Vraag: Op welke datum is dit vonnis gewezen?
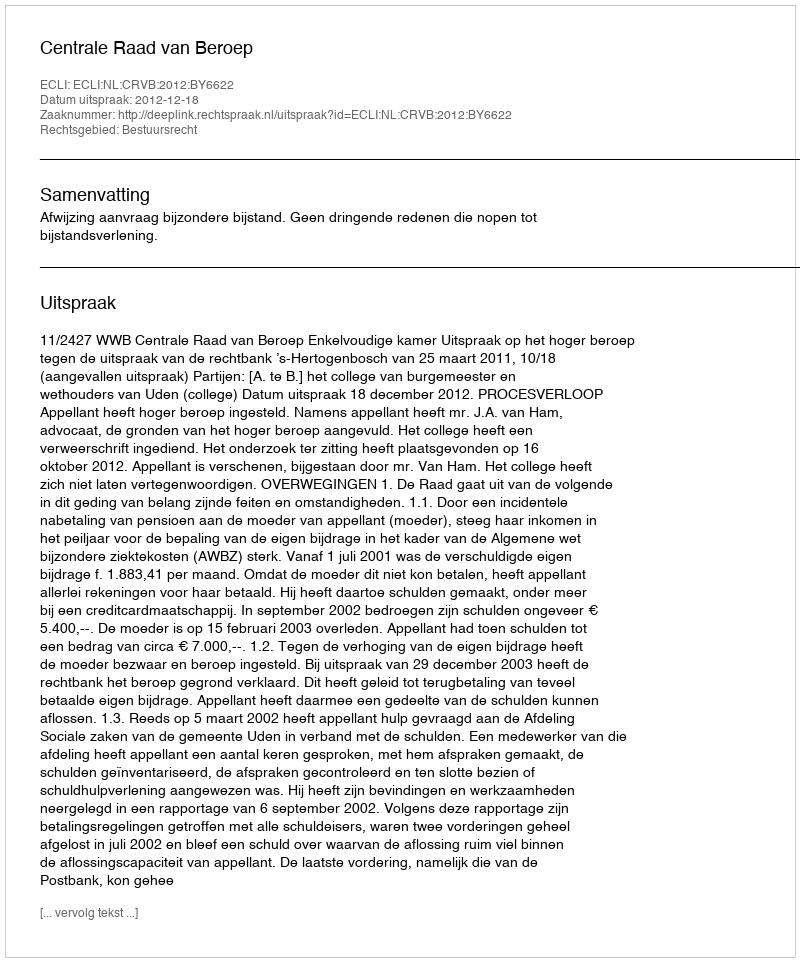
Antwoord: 2012-12-18